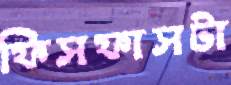
ফিসফাসটা